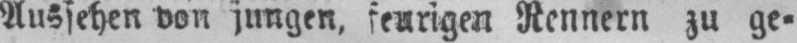
Aussehen von jungen, feurigen Rennern zu ge⸗